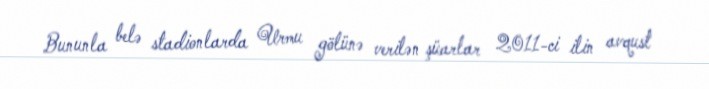
Bununla belə stadionlarda Urmu gölünə verilən şüarlar 2011-ci ilin avqust